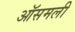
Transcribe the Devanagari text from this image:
ऑसमली